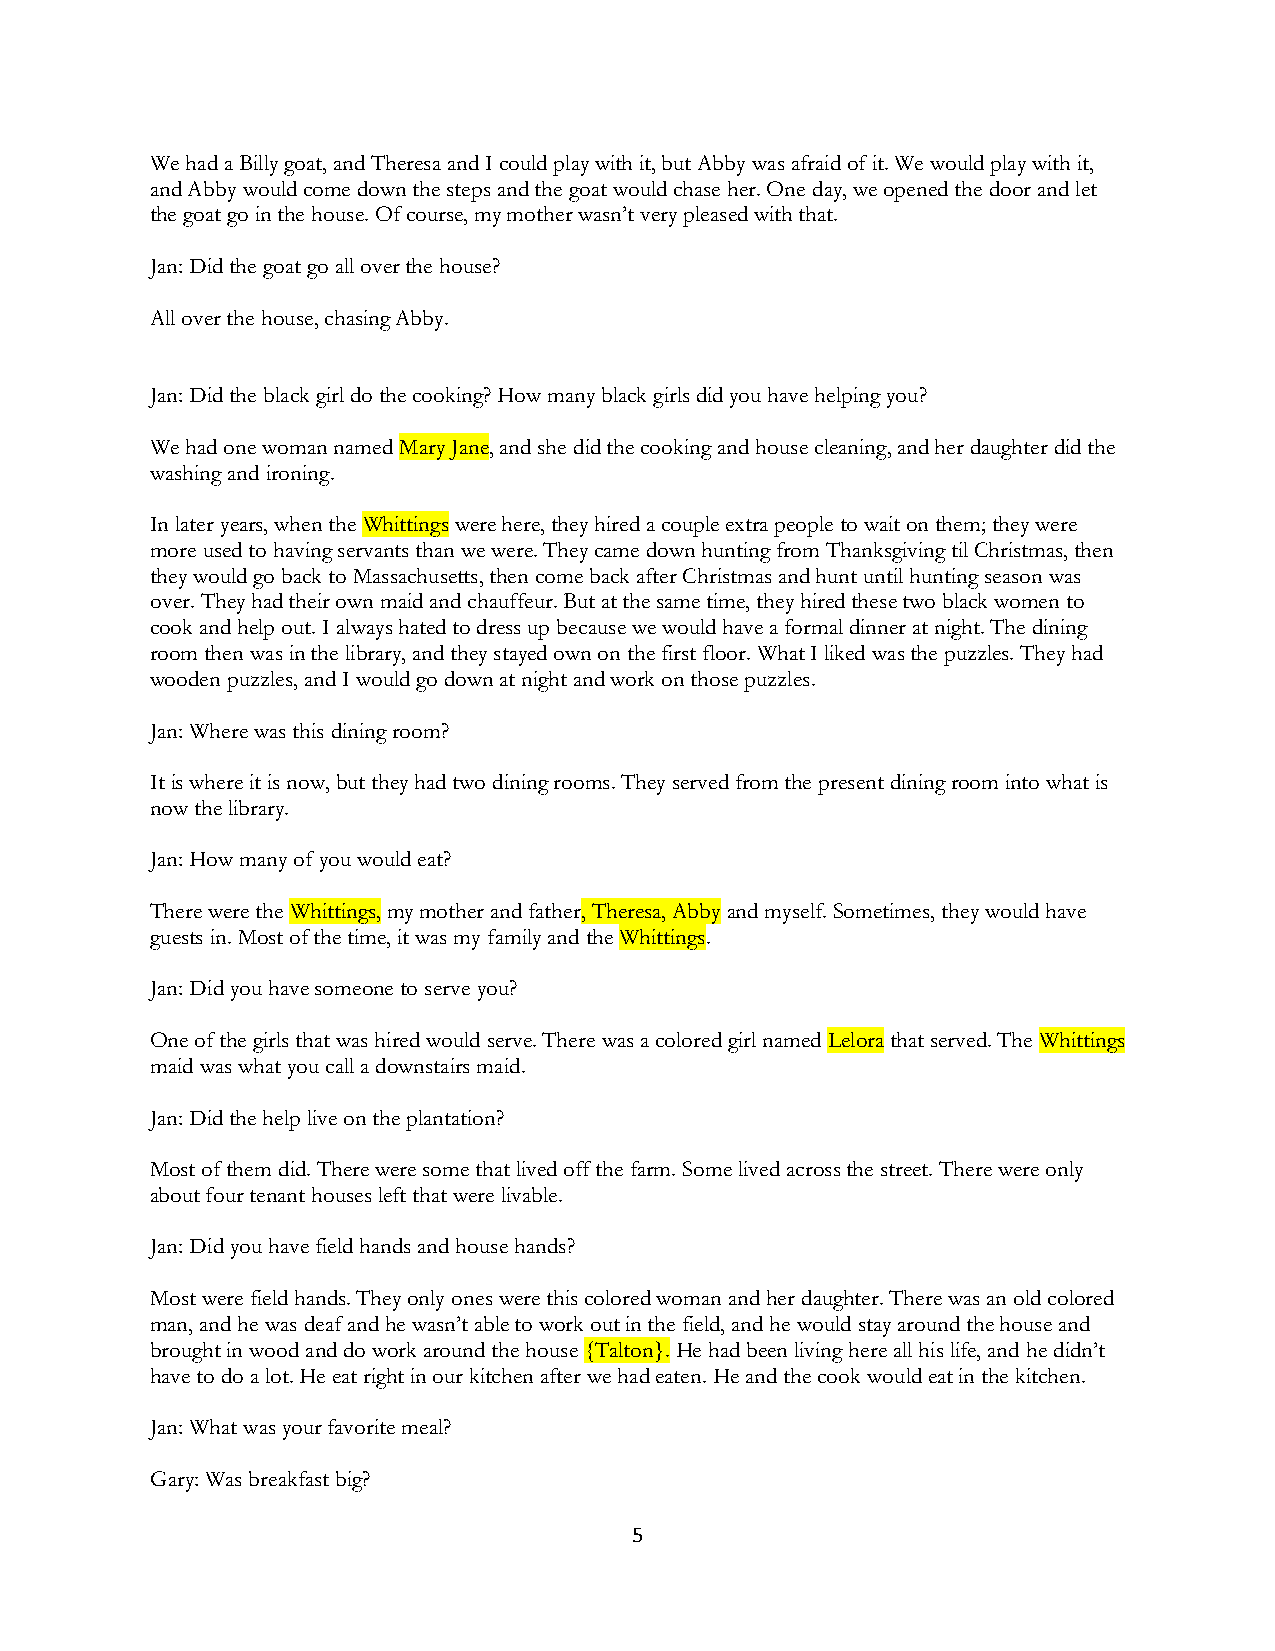
We had a Billy goat, and Theresa and I could play with it, but Abby was afraid of it. We would play with it,
 and Abby would come down the steps and the goat would chase her. One day, we opened the door and let
 the goat go in the house. Of course, my mother wasn’t very pleased with that.
 Jan: Did the goat go all over the house?
 All over the house, chasing Abby.
 Jan: Did the black girl do the cooking? How many black girls did you have helping you?
 We had one woman named Mary Jane, and she did the cooking and house cleaning, and her daughter did the
 washing and ironing.
 In later years, when the Whittings were here, they hired a couple extra people to wait on them; they were
 more used to having servants than we were. They came down hunting from Thanksgiving til Christmas, then
 they would go back to Massachusetts, then come back after Christmas and hunt until hunting season was
 over. They had their own maid and chauffeur. But at the same time, they hired these two black women to
 cook and help out. I always hated to dress up because we would have a formal dinner at night. The dining
 room then was in the library, and they stayed own on the first floor. What I liked was the puzzles. They had
 wooden puzzles, and I would go down at night and work on those puzzles.
 Jan: Where was this dining room?
 It is where it is now, but they had two dining rooms. They served from the present dining room into what is
 now the library.
 Jan: How many of you would eat?
 There were the Whittings, my mother and father, Theresa, Abby and myself. Sometimes, they would have
 guests in. Most of the time, it was my family and the Whittings.
 Jan: Did you have someone to serve you?
 One of the girls that was hired would serve. There was a colored girl named Lelora that served. The Whittings
 maid was what you call a downstairs maid.
 Jan: Did the help live on the plantation?
 Most of them did. There were some that lived off the farm. Some lived across the street. There were only
 about four tenant houses left that were livable.
 Jan: Did you have field hands and house hands?
 Most were field hands. They only ones were this colored woman and her daughter. There was an old colored
 man, and he was deaf and he wasn’t able to work out in the field, and he would stay around the house and
 brought in wood and do work around the house {Talton}. He had been living here all his life, and he didn’t
 have to do a lot. He eat right in our kitchen after we had eaten. He and the cook would eat in the kitchen.
 Jan: What was your favorite meal?
 Gary: Was breakfast big?
 5